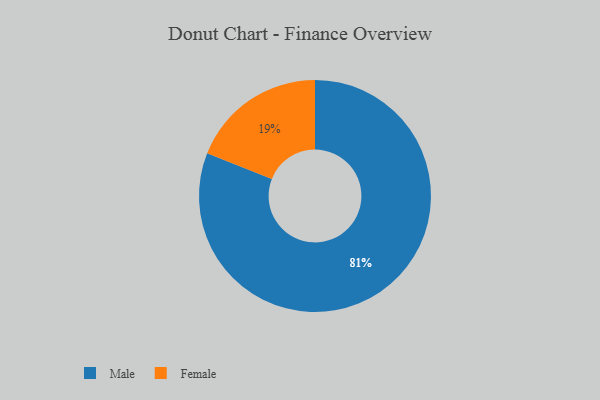
{"axis": {"x": "Category", "y": "Percentage"}, "legend": ["Female", "Male"], "data": [{"x": "Male", "y": 81, "type": "Male"}, {"x": "Female", "y": 19, "type": "Female"}]}